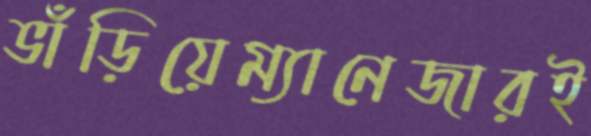
ভাঁড়িয়েম্যানেজারই